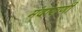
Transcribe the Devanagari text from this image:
मंदाराणी